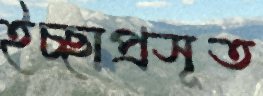
ইচ্ছাপ্রসূত